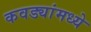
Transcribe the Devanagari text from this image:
कवड्यांमध्ये